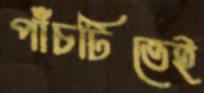
পাঁচটিতেই